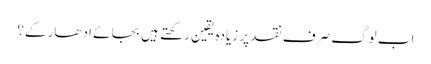
اب لوگ صرف نقد پر زیادہ یقین رکھتے ہیں بجا ئے ادھار کے؟